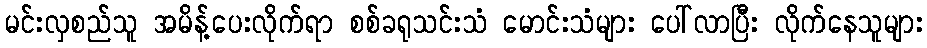
မင်းလှစည်သူ အမိန့်ပေးလိုက်ရာ စစ်ခရုသင်းသံ မောင်းသံများ ပေါ်လာပြီး လိုက်နေသူများ